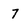
Character: 7